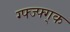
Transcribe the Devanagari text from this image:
ग्फ्ज्फ्ग्क